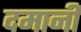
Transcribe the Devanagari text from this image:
दमानी